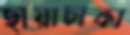
ছায়াঢাকা